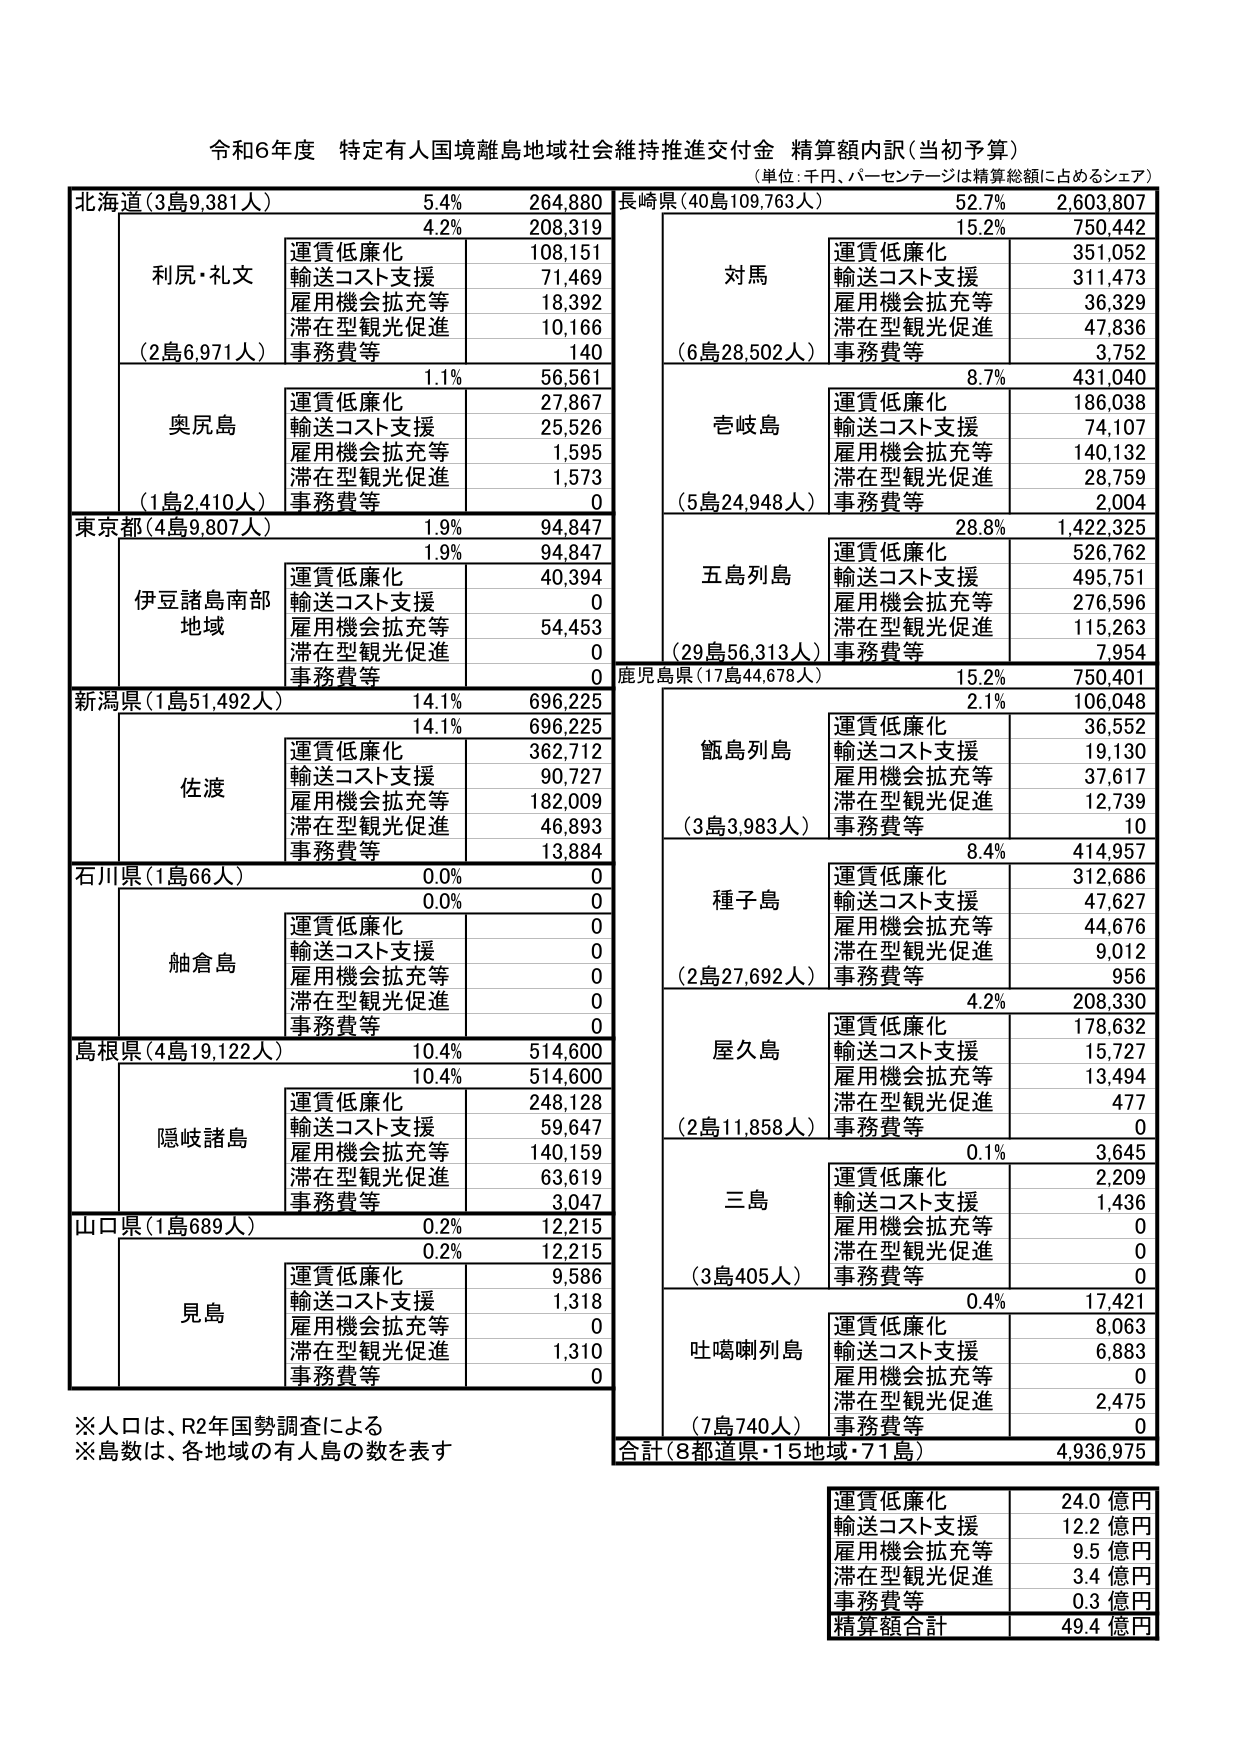
令和6年度 特定有人国境離島地域社会維持推進交付金 精算額内訳（当初予算）
（単位：千円、パーセンテージは精算総額に占めるシェア）

北海道（3島9,381人） 5.4% 264,880
　　4.2% 208,319
　　　　利尻・礼文
　　　　　　運賃低廉化 108,151
　　　　　　輸送コスト支援 71,469
　　　　　　雇用機会拡充等 18,392
　　　　　　滞在型観光促進 10,166
　　　　　　事務費等 140
　　　　（2島6,971人）
　　　　1.1% 56,561
　　　　　　奥尻島
　　　　　　　　運賃低廉化 27,867
　　　　　　　　輸送コスト支援 25,526
　　　　　　　　雇用機会拡充等 1,595
　　　　　　　　滞在型観光促進 1,573
　　　　　　　　事務費等 0
　　　　（1島2,410人）

東京都（4島9,807人） 1.9% 94,847
　　1.9% 94,847
　　　　伊豆諸島南部地域
　　　　　　運賃低廉化 40,394
　　　　　　輸送コスト支援 0
　　　　　　雇用機会拡充等 54,453
　　　　　　滞在型観光促進 0
　　　　　　事務費等 0

新潟県（1島51,492人） 14.1% 696,225
　　14.1% 696,225
　　　　佐渡
　　　　　　運賃低廉化 362,712
　　　　　　輸送コスト支援 90,727
　　　　　　雇用機会拡充等 182,009
　　　　　　滞在型観光促進 46,893
　　　　　　事務費等 13,884

石川県（1島66人） 0.0% 0
　　0.0% 0
　　　　舳倉島
　　　　　　運賃低廉化 0
　　　　　　輸送コスト支援 0
　　　　　　雇用機会拡充等 0
　　　　　　滞在型観光促進 0
　　　　　　事務費等 0

島根県（4島19,122人） 10.4% 514,600
　　10.4% 514,600
　　　　隠岐諸島
　　　　　　運賃低廉化 248,128
　　　　　　輸送コスト支援 59,647
　　　　　　雇用機会拡充等 140,159
　　　　　　滞在型観光促進 63,619
　　　　　　事務費等 3,047

山口県（1島689人） 0.2% 12,215
　　0.2% 12,215
　　　　見島
　　　　　　運賃低廉化 9,586
　　　　　　輸送コスト支援 1,318
　　　　　　雇用機会拡充等 0
　　　　　　滞在型観光促進 1,310
　　　　　　事務費等 0

長崎県（40島109,763人） 52.7% 2,603,807
　　15.2% 750,442
　　　　対馬
　　　　　　運賃低廉化 351,052
　　　　　　輸送コスト支援 311,473
　　　　　　雇用機会拡充等 36,329
　　　　　　滞在型観光促進 47,836
　　　　　　事務費等 3,752
　　　　（6島28,502人）
　　　　8.7% 431,040
　　　　壱岐島
　　　　　　運賃低廉化 186,038
　　　　　　輸送コスト支援 74,107
　　　　　　雇用機会拡充等 140,132
　　　　　　滞在型観光促進 28,759
　　　　　　事務費等 2,004
　　　　（5島24,948人）
　　　　28.8% 1,422,325
　　　　五島列島
　　　　　　運賃低廉化 526,762
　　　　　　輸送コスト支援 495,751
　　　　　　雇用機会拡充等 276,596
　　　　　　滞在型観光促進 115,263
　　　　　　事務費等 7,954
　　　　（29島56,313人）

鹿児島県（17島44,678人） 15.2% 750,401
　　2.1% 106,048
　　　　甑島列島
　　　　　　運賃低廉化 36,552
　　　　　　輸送コスト支援 19,130
　　　　　　雇用機会拡充等 37,617
　　　　　　滞在型観光促進 12,739
　　　　　　事務費等 10
　　　　（3島3,983人）
　　　　8.4% 414,957
　　　　種子島
　　　　　　運賃低廉化 312,686
　　　　　　輸送コスト支援 47,627
　　　　　　雇用機会拡充等 44,676
　　　　　　滞在型観光促進 9,012
　　　　　　事務費等 956
　　　　（2島27,692人）
　　　　4.2% 208,330
　　　　屋久島
　　　　　　運賃低廉化 178,632
　　　　　　輸送コスト支援 15,727
　　　　　　雇用機会拡充等 13,494
　　　　　　滞在型観光促進 477
　　　　　　事務費等 0
　　　　（2島11,858人）
　　　　0.1% 3,645
　　　　三島
　　　　　　運賃低廉化 2,209
　　　　　　輸送コスト支援 1,436
　　　　　　雇用機会拡充等 0
　　　　　　滞在型観光促進 0
　　　　　　事務費等 0
　　　　（3島405人）
　　　　0.4% 17,421
　　　　吐噶喇列島
　　　　　　運賃低廉化 8,063
　　　　　　輸送コスト支援 6,883
　　　　　　雇用機会拡充等 0
　　　　　　滞在型観光促進 2,475
　　　　　　事務費等 0
　　　　（7島740人）

合計（8都道県・15地域・71島） 4,936,975

運賃低廉化 24.0 億円
輸送コスト支援 12.2 億円
雇用機会拡充等 9.5 億円
滞在型観光促進 3.4 億円
事務費等 0.3 億円
精算額合計 49.4 億円

※人口は、R2年国勢調査による
※島数は、各地域の有人島の数を表す